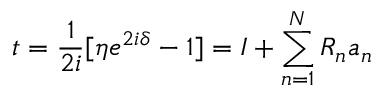
t = { \frac { 1 } { 2 i } } [ \eta e ^ { 2 i \delta } - 1 ] = I + \sum _ { n = 1 } ^ { N } R _ { n } a _ { n }